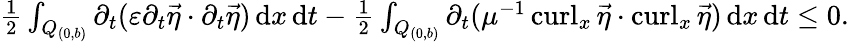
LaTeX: \begin{array}{r}{\frac{1}{2}\int_{Q_{(0,b)}}\partial_{t}(\varepsilon\partial_{t}\vec{\eta}\cdot\partial_{t}\vec{\eta})\, \mathrm dx\, \mathrm dt-\frac{1}{2}\int_{Q_{(0,b)}}\partial_{t}(\mu^{-1}\operatorname{curl}_{x}\vec{\eta}\cdot\operatorname{curl}_{x}\vec{\eta})\, \mathrm dx\, \mathrm dt\leq 0.}\end{array}